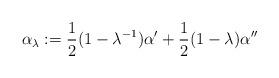
LaTeX: \begin{align*} \alpha_{\lambda}:=\frac{1}{2}(1-\lambda^{-1})\alpha^{\prime} +\frac{1}{2}(1-\lambda)\alpha^{\prime\prime}\end{align*}